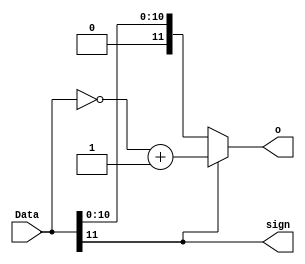
`timescale 1ns / 1ps
//////////////////////////////////////////////////////////////////////////////////
// Company: 
// Engineer: 
// 
// Design Name: 
// Module Name:    FPCVT 
// Project Name: 
// Target Devices: 
// Tool versions: 
// Description: 
//
// Dependencies: 
//
// Revision: 
// Revision 0.01 - File Created
// Additional Comments: 
//
//////////////////////////////////////////////////////////////////////////////////
module FPCVT(Data, o, sign);

input [11:0] Data;
output [11:0] o;
output sign;

assign o = (Data[11] == 1) ? (~Data + 1'b1) : Data;
assign sign = Data[11];

endmodule